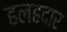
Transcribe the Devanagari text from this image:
हलहदार